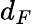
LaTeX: d_{F}